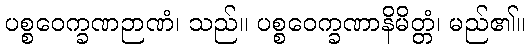
ပစ္စဝေက္ခဏဉာဏံ၊ သည်။ ပစ္စဝေက္ခဏာနိမိတ္တံ၊ မည်၏။